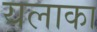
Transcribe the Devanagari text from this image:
यलाका